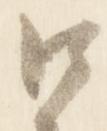
口